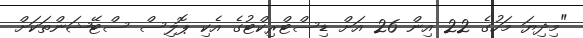
"މިދިޔަ މަހުގެ 22 އިން 26 އަށް ޑިސްޓްރިކްޓުގެ އެކި ޕޮލިސް ސްޓޭޝަންތަކަށް